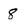
Character: 8